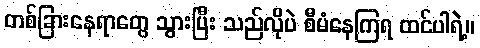
တစ်ခြားနေရာတွေ သွားပြီး သည်လိုပဲ စီမံနေကြရ ထင်ပါရဲ့။